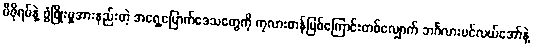
မီဇိုရမ်နဲ့ ဖွံဖြိုးမှုအားနည်းတဲ့ အရှေ့မြောက်ဒေသတွေကို ကုလားတန်မြစ်ကြောင်းတစ်လျှောက် ဘင်္ဂလားပင်လယ်အော်နဲ့